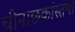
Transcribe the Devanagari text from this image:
चीनाछकांस्तथा